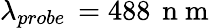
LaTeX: \lambda_{probe}\, =488\, \mathrm{~n~m~}